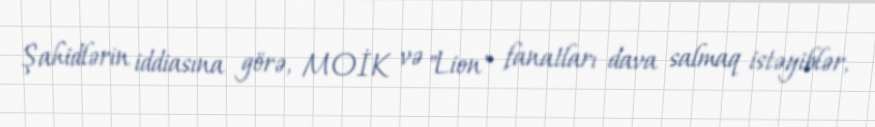
Şahidlərin iddiasına görə, MOİK və "Lion" fanatları dava salmaq istəyiblər,